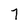
Character: 7